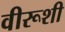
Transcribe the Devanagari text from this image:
वीरूशी